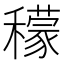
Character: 𥣛